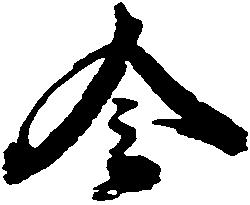
令